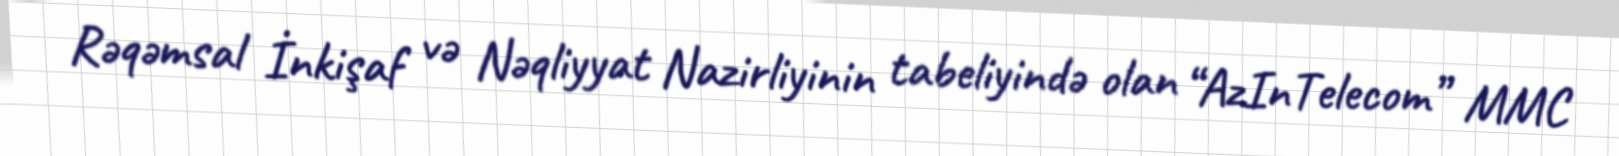
Rəqəmsal İnkişaf və Nəqliyyat Nazirliyinin tabeliyində olan “AzInTelecom” MMC